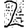
Digit: 2